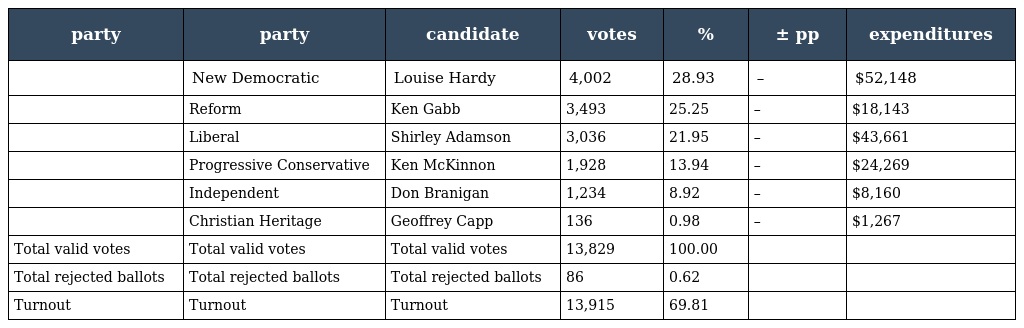
| party | party | candidate | votes | % | ± pp | expenditures |
 | --- | --- | --- | --- | --- | --- | --- |
 |  | New Democratic | Louise Hardy | 4,002 | 28.93 | – | $52,148 |
 |  | Reform | Ken Gabb | 3,493 | 25.25 | – | $18,143 |
 |  | Liberal | Shirley Adamson | 3,036 | 21.95 | – | $43,661 |
 |  | Progressive Conservative | Ken McKinnon | 1,928 | 13.94 | – | $24,269 |
 |  | Independent | Don Branigan | 1,234 | 8.92 | – | $8,160 |
 |  | Christian Heritage | Geoffrey Capp | 136 | 0.98 | – | $1,267 |
 | Total valid votes | Total valid votes | Total valid votes | 13,829 | 100.00 |  |  |
 | Total rejected ballots | Total rejected ballots | Total rejected ballots | 86 | 0.62 |  |  |
 | Turnout | Turnout | Turnout | 13,915 | 69.81 |  |  |